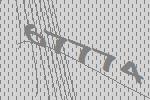
67774